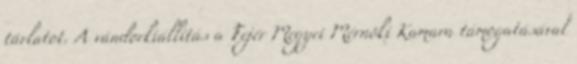
tárlatot. A vándorkiállítás a Fejér Megyei Mérnöki Kamara támogatásával